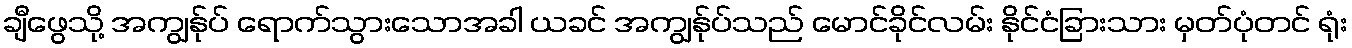
ချီဖွေသို့ အကျွန်ုပ် ရောက်သွားသောအခါ ယခင် အကျွန်ုပ်သည် မောင်ခိုင်လမ်း နိုင်ငံခြားသား မှတ်ပုံတင် ရုံး